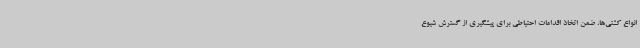
انواع کشتی‌ها، ضمن اتخاذ اقدامات احتیاطی برای پیشگیری از گسترش شیوع